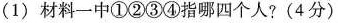
(1) 材料一中①②③④指哪四个人? (4分)